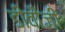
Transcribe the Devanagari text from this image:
डीवीजी